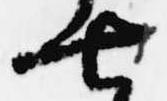
七